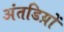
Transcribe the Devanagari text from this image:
अंतडिय़ों